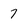
Character: 7